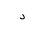
Letter: _dal